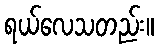
ရယ်လေသတည်း။